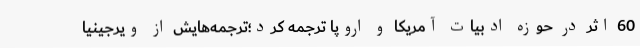
60 اثر در حوزه ادبیات آمریکا و اروپا ترجمه کرد؛ترجمه‌هایش از ویرجینیا